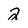
Character: 2